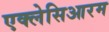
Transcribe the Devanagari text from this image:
एक्लेसिआरम